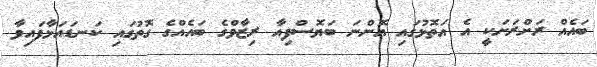
ބައެއް ރަށްރަށަކީ އެ އަތޮޅުގައި އޮންނަ ބަޔޮސްފިއާ ރިޒާވްގެ ބައެއްގެ ގޮތުގައި ކަނޑައަޅާފައިވާ